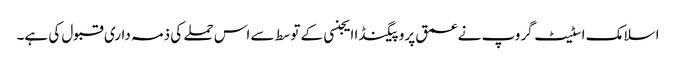
اسلامک اسٹیٹ گروپ نے عمق پروپیگنڈا ایجنسی کے توسط سے اس حملے کی ذمہ داری قبول کی ہے۔